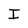
Character: I